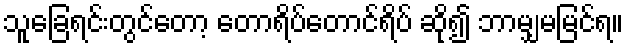
သူခြေရင်းတွင်တော့ တောရိပ်တောင်ရိပ် ဆို၍ ဘာမျှမမြင်ရ။